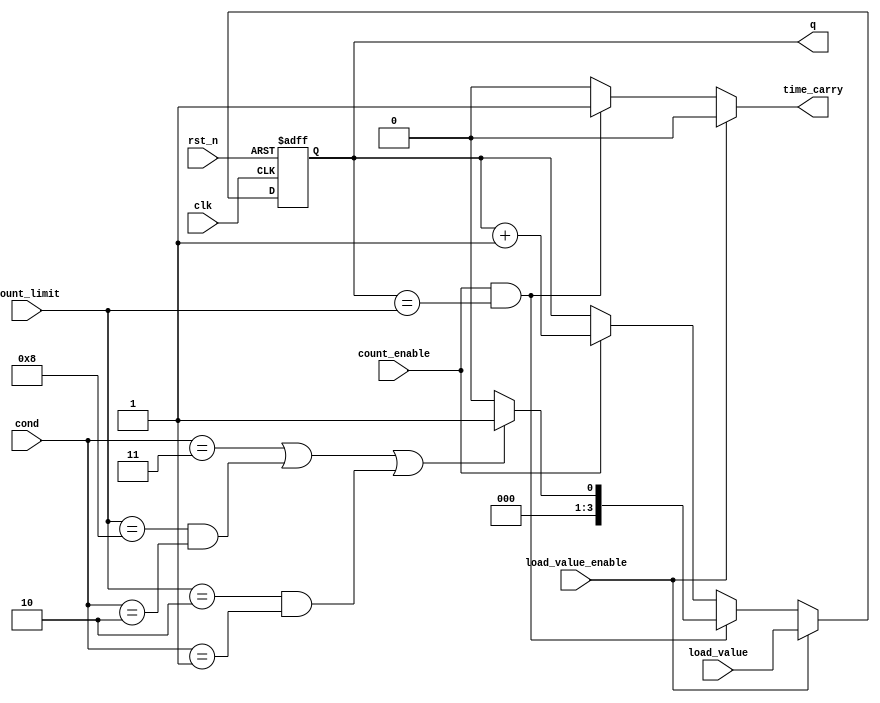
module counterx2(
  output reg [3:0] q, // counter value
  output reg time_carry, // counter carry
  input count_enable, // counting enabled control signal
  input load_value_enable, // load setting value control
  input [3:0] load_value, // value to be loaded
  input [3:0] count_limit, // limit of the up counter
  input clk, // clock
  input rst_n, // low active reset
  input [3:0] cond
);

reg [3:0] q_next;
reg initialvalue;
always @(posedge clk or negedge rst_n)
  if (~rst_n)
    q <= 4'b1;
  else
    q <= q_next;

always @*
begin
  if(cond ==4'd3||(count_limit==8 && cond ==4'd2)||(count_limit==2 &&cond ==4'd1))
    initialvalue = 1;
  else
    initialvalue = 0;
  
  q_next = q;
  time_carry = 0;
  if (load_value_enable)
    q_next = load_value;
  else if (count_enable && q == count_limit)
  begin
    q_next = initialvalue;
    time_carry = 1;
  end
  else if (count_enable)
    q_next = q + 1;
end
endmodule